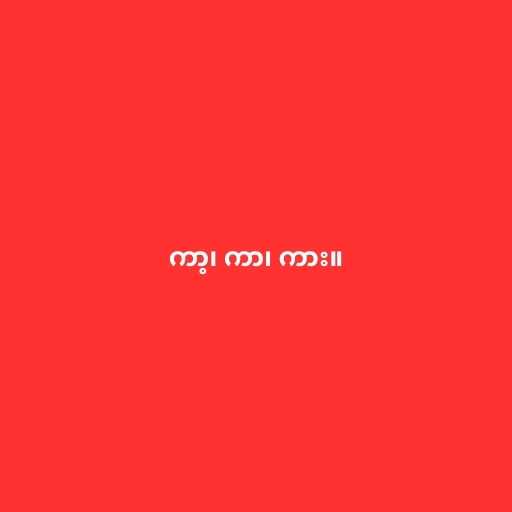
ကာ့၊ ကာ၊ ကား။